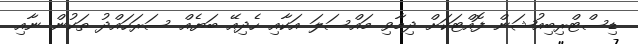
ޑިސްޓްރިބިއުޝަން ފޮއްޓަކަށް ދިމާވި މައްސަލަ އަކާއި ހެދިއޭ ބަޔެއް ސަރަހައްދު ތަކުން ނާއި